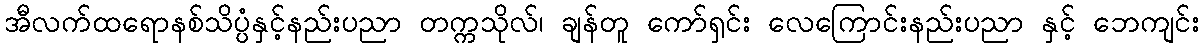
အီလက်ထရောနစ်သိပ္ပံနှင့်နည်းပညာ တက္ကသိုလ်၊ ချန်တူ ကော်ရှင်း လေကြောင်းနည်းပညာ နှင့် ဘေကျင်း